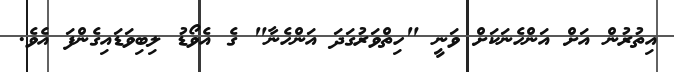
އިތުރުން އަށް އަންހެނަކަށް ވަނީ "ހިތްވަރުގަދަ އަންހެނާ" ގެ އެވޯޑު ލިބިވަޑައިގެންފަ އެވެ.